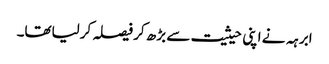
ابرہہ نے اپنی حیثیت سے بڑھ کر فیصلہ کرلیاتھا۔